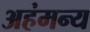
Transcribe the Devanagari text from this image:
अहंमन्य